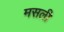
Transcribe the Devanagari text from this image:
मसली